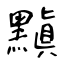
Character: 黰